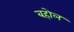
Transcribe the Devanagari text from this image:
बहोल